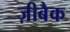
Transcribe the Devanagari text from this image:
ज़ीबैक